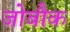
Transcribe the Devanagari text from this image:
जोबौक